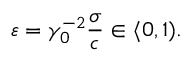
\varepsilon = \gamma _ { 0 } ^ { - 2 } \frac { \sigma } { c } \in \langle 0 , 1 ) .